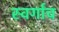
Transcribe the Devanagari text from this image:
स्वर्गाच